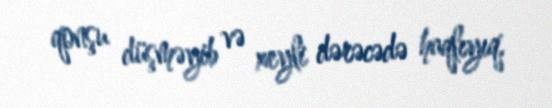
qonşu düşməyib və xeyli dərəcədə haqlıyıq.